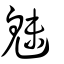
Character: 魅